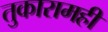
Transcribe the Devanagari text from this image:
तुकारामही